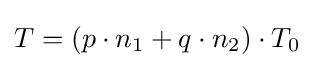
T=(p\cdot n_{1}+q\cdot n_{2})\cdot T_{0}